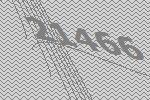
21466